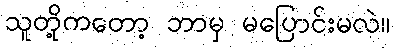
သူတို့ကတော့ ဘာမှ မပြောင်းမလဲ။